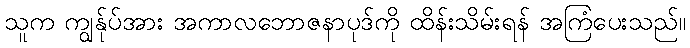
သူက ကျွန်ုပ်အား အကာလဘောဇနာပုဒ်ကို ထိန်းသိမ်းရန် အကြံပေးသည်။